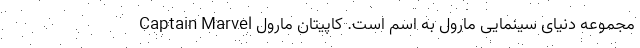
مجموعه دنیای سینمایی مارول به اسم است. کاپیتان مارول Captain Marvel